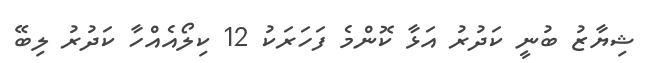
ޝިޔާޒު ބުނީ ކަދުރު އަޅާ ކޮންމެ ފަހަރަކު 12 ކިލޯއެއްހާ ކަދުރު ލިބޭ